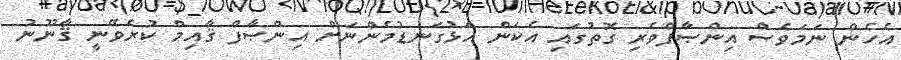
އެހެން ނަމަވެސް އިންޞާފްވެރި ގޮތުގައި އެކަން އަޅުގަނޑުމެންނަށް އިންޞާފް ޤާއިމް ކުރެވޭނީ ޤާނޫނު